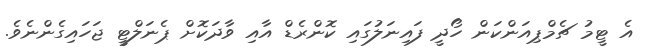
އެ ޓީމު ޗެމްޕިއަންކަން ހޯދީ ފައިނަލުގައި ކޮންރެޑް އާއި ވާދަކޮށް ޕެނަލްޓީ ޖަހައިގެންނެވެ.